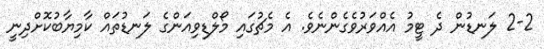
2-2 ލަނޑުން ދެ ޓީމު އެއްވަރުވެގެންނެވެ. އެ މެޗުގައި މޯލްޑިވިއަންގެ ލަނޑުތައް ކާމިޔާބުކޮށްދިނީ